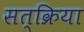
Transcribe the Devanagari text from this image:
सत्क्रिया